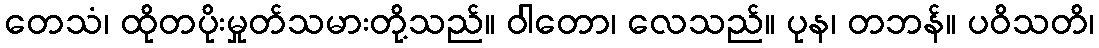
တေသံ၊ ထိုတပိုးမှုတ်သမားတို့သည်။ ဝါတော၊ လေသည်။ ပုန၊ တဘန်။ ပဝိသတိ၊